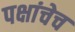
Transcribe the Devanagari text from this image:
पक्षांचेच